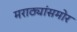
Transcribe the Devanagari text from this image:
मराठ्यांसमोर